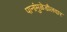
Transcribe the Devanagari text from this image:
पानांमुळेडौलदार